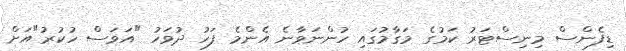
ޑިފެންސް މިނިސްޓަރު ކަމުގެ މަގާމުގައި ހުންނަވާނެ އެންމެ ފަހު ދުވަހު "އަަވަސް ހުކުރު"އަށް